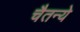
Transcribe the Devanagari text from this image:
चैतन्ये